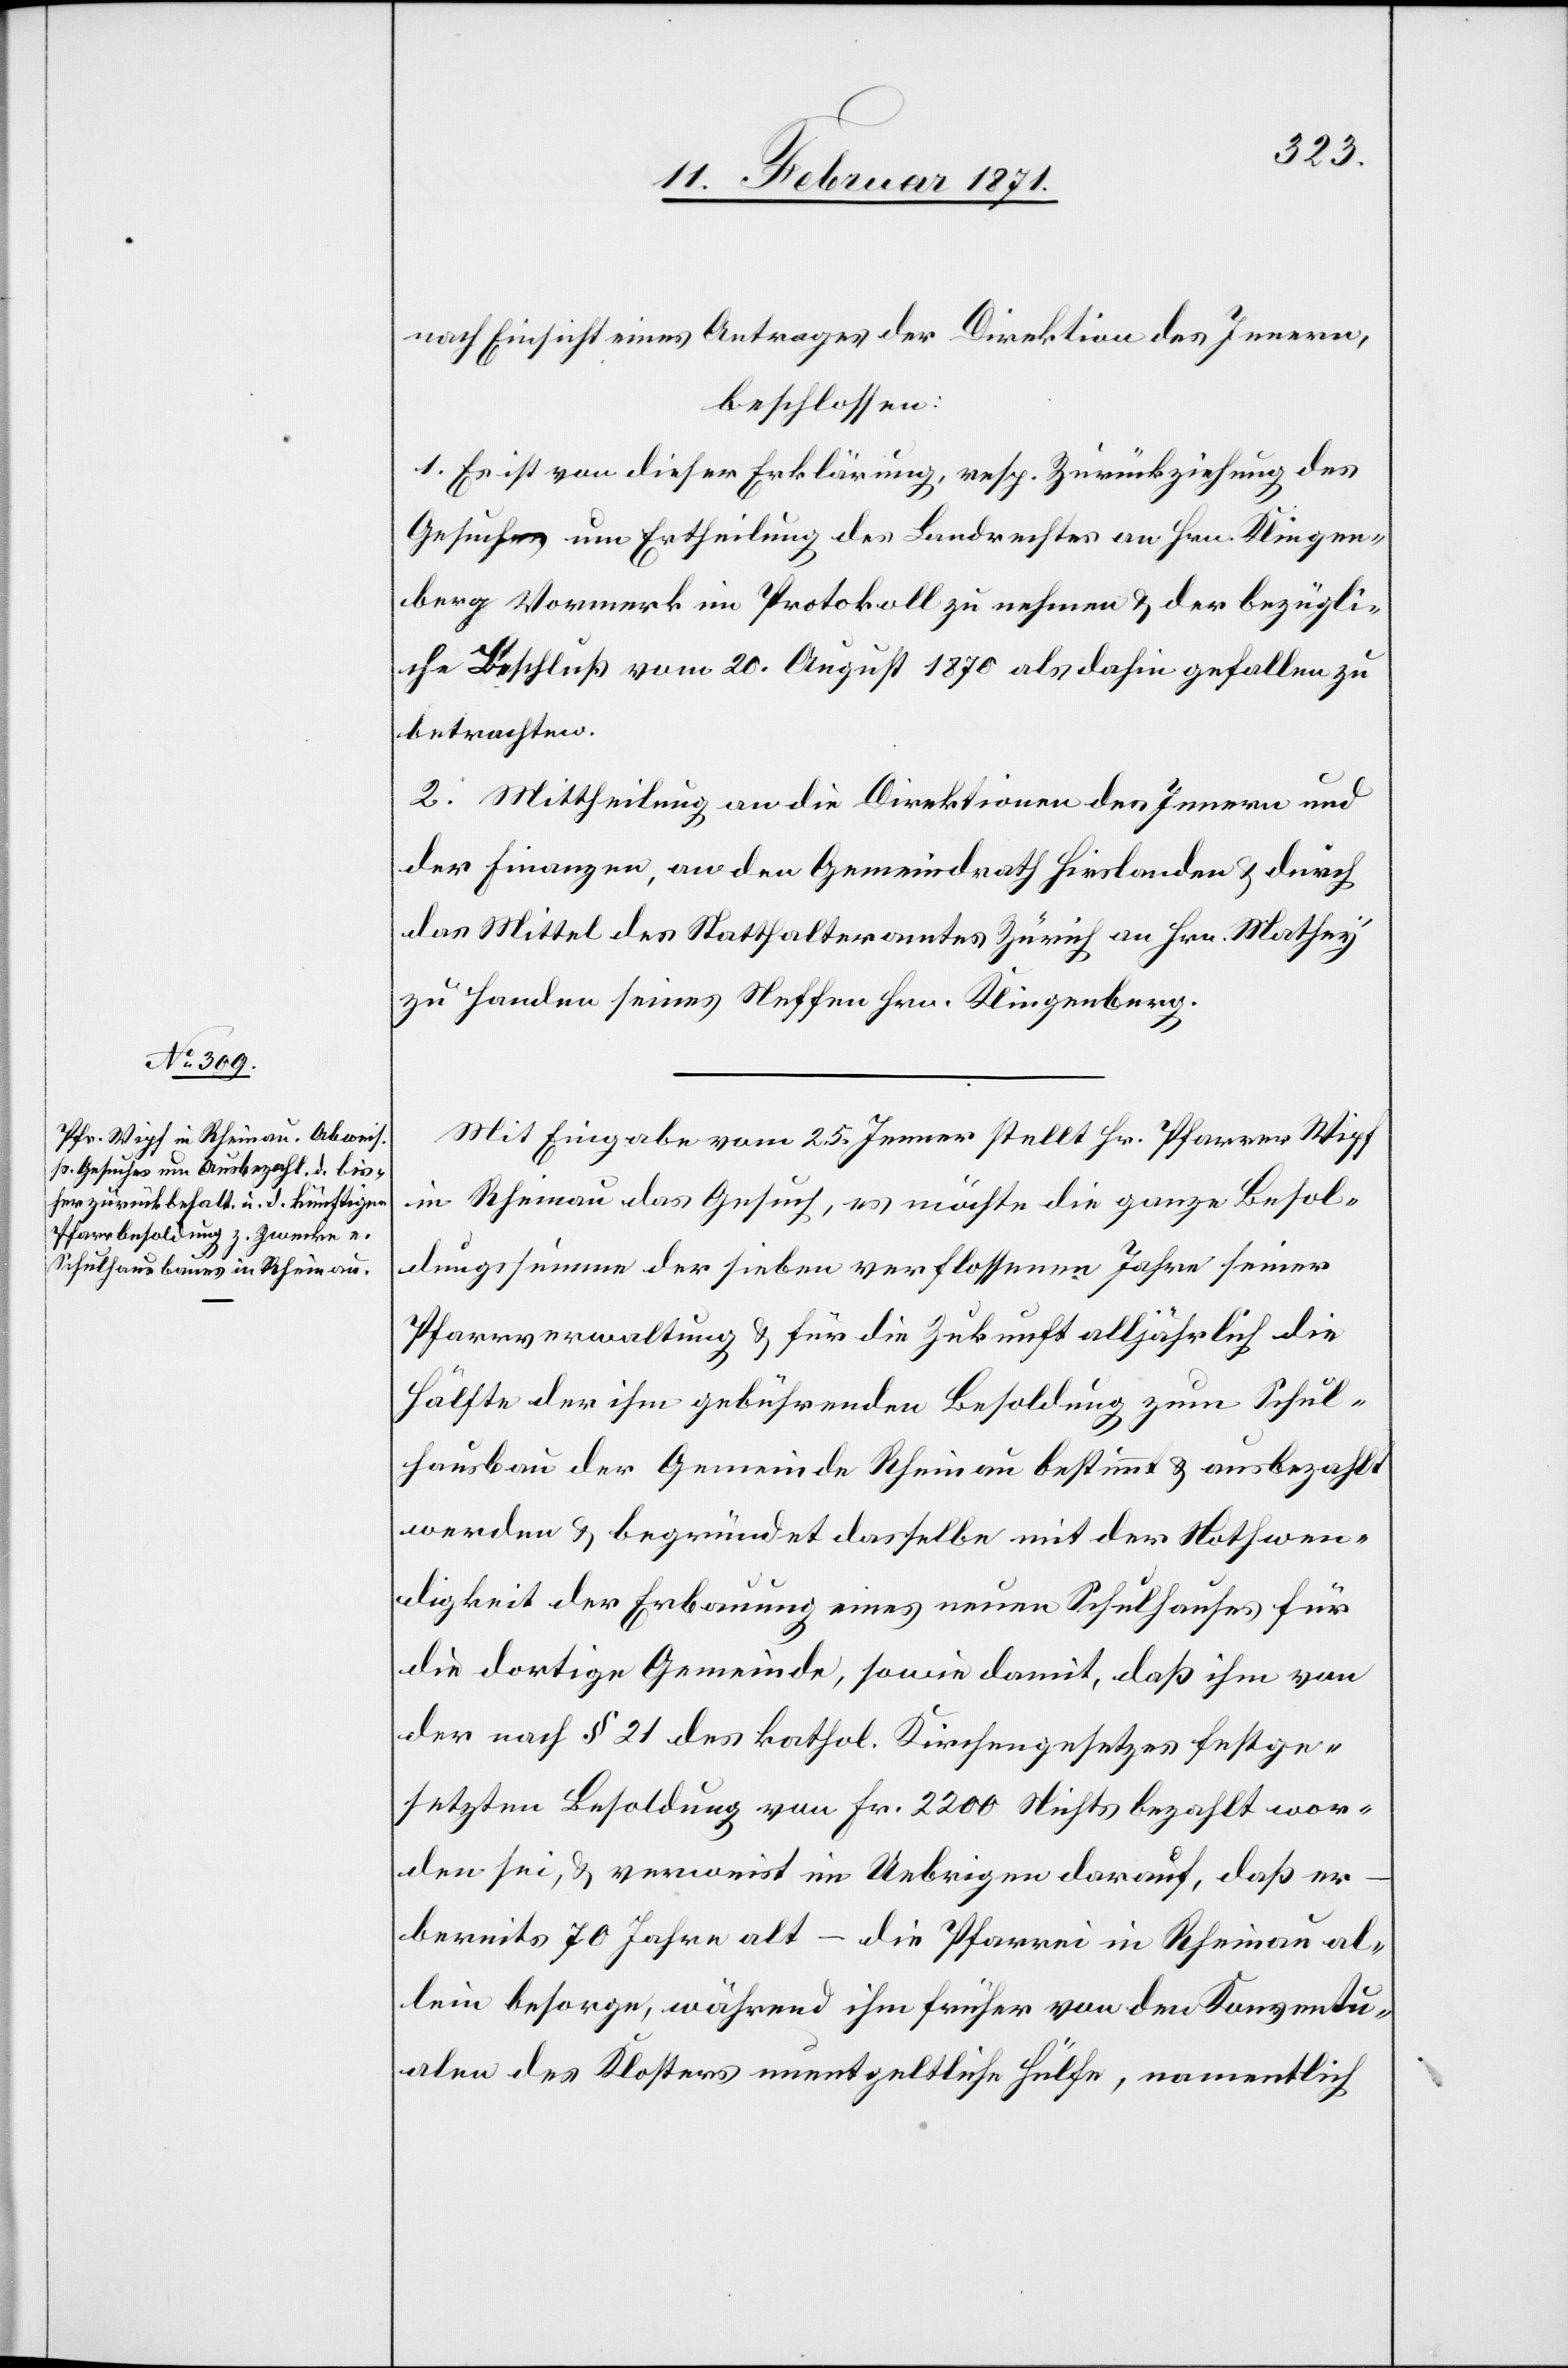
nach Einsicht eines Antrages der Direktion des Innern,
beschlossen:
1. Es ist von dieser Erklärung, resp. Zurückziehung des
Gesuches um Ertheilung des Landrechtes an Hrn. Klingen¬
berg Vormerk im Protokoll zu nehmen u. der bezügli¬
che Beschluß vom 20. August 1870 als dahin gefallen zu
betrachten.
2. Mittheilung an die Direktion des Innern und
der Finanzen, an den Gemeindrath Hirslanden u. durch
das Mittel des Statthalteramt Zürich an Hrn. Mathey
zu Handen seines Neffen Hrn. Klingenberg.
Mit Eingabe vom 25. Jenner stellt Hr. Pfarrer Wipf
in Rheinau das Gesuch, es möchte die ganze Besol¬
dungssumme der sieben verflossenen Jahre seiner
Pfarrverwaltung u. für die Zukunft alljährlich die
Hälfte der ihm gebührenden Besoldung zum Schul¬
hausbau der Gemeinde Rheinau bestimmt u. ausbezahlt
werden u. begründet dasselbe mit der Nothwen¬
digkeit der Erbauung eines neuen Schulhauses für
die dortige Gemeinde, sowie damit, daß ihm von
der nach § 21 des kathol. Kirchengesetzes festge¬
setzten Besoldung von Fr. 2200 Nichts bezahlt wor¬
den sei, u. verweist im Uebrigen darauf, daß er
bereits 70 Jahre alt – die Pfarrei in Rheinau al¬
lein besorge, während ihm früher von den Konventu¬
alen des Klosters unentgeltliche Hülfe, namentlich